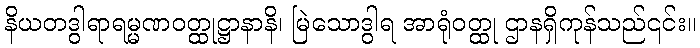
နိယတဒွါရာရမ္မဏဝတ္ထုဋ္ဌာနာနိ၊ မြဲသောဒွါရ အာရုံဝတ္ထု ဌာနရှိကုန်သည်၎င်း။